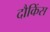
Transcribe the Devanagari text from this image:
दौकिंस